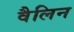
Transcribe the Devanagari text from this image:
वैलिन